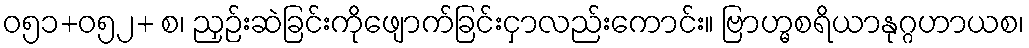
ဝ၅၁+၀၅၂+ စ၊ ညှဉ်းဆဲခြင်းကိုဖျောက်ခြင်းငှာလည်းကောင်း။ ဗြာဟ္မစရိယာနုဂ္ဂဟာယစ၊